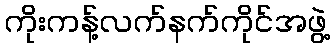
ကိုးကန့်လက်နက်ကိုင်အဖွဲ့